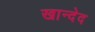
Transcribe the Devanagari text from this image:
खान्देद